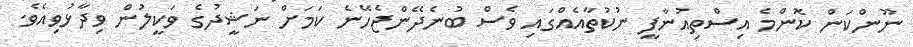
ނޫންކަން ކޮންމެ އިސްތިއުނާފީ ނުކުތާއެއްގައި ވެސް ބުނެދޭންޖެހޭނެ ކަމަށް ނަޝީދުގެ ވަކީލުން ވިދާޅުވިއެވެ.